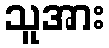
သူအား